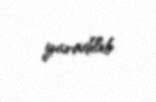
yaradılıb.